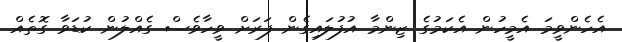
އެހެންވީމަ އެމީހުން އެކަމުގެ ޒިންމާ އުފުލައިގެން ފަރަށް ވީހާވެސް ގެއްލުން ކުޑަވާ ގޮތެއް